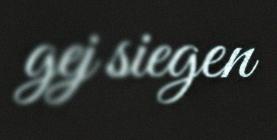
gej siegen